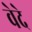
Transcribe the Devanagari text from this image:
वेदे